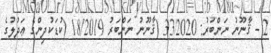
2 - ޤާނޫނު ނަންބަރު: 33/2020 (ޤާނޫނު ނަންބަރު 18/2019 (ކުޑަކުދިންގެ ޢަދުލުގެ